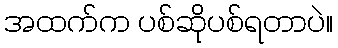
အထက်က ပစ်ဆိုပစ်ရတာပဲ။